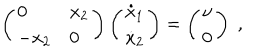
\left( \begin{array} { l l } { { 0 } } & { { x _ { 2 } } } \\ { { - x _ { 2 } } } & { { 0 } } \\ \end{array} \right) \left( \begin{array} { l } { { \dot { x } _ { 1 } } } \\ { { \dot { x } _ { 2 } } } \\ \end{array} \right) = \left( \begin{array} { l } { { \nu } } \\ { { 0 } } \\ \end{array} \right) \; ,